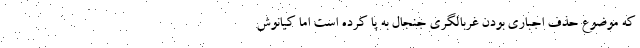
که موضوع حذف اجباری بودن غربالگری جنجال به پا کرده است اما کیانوش